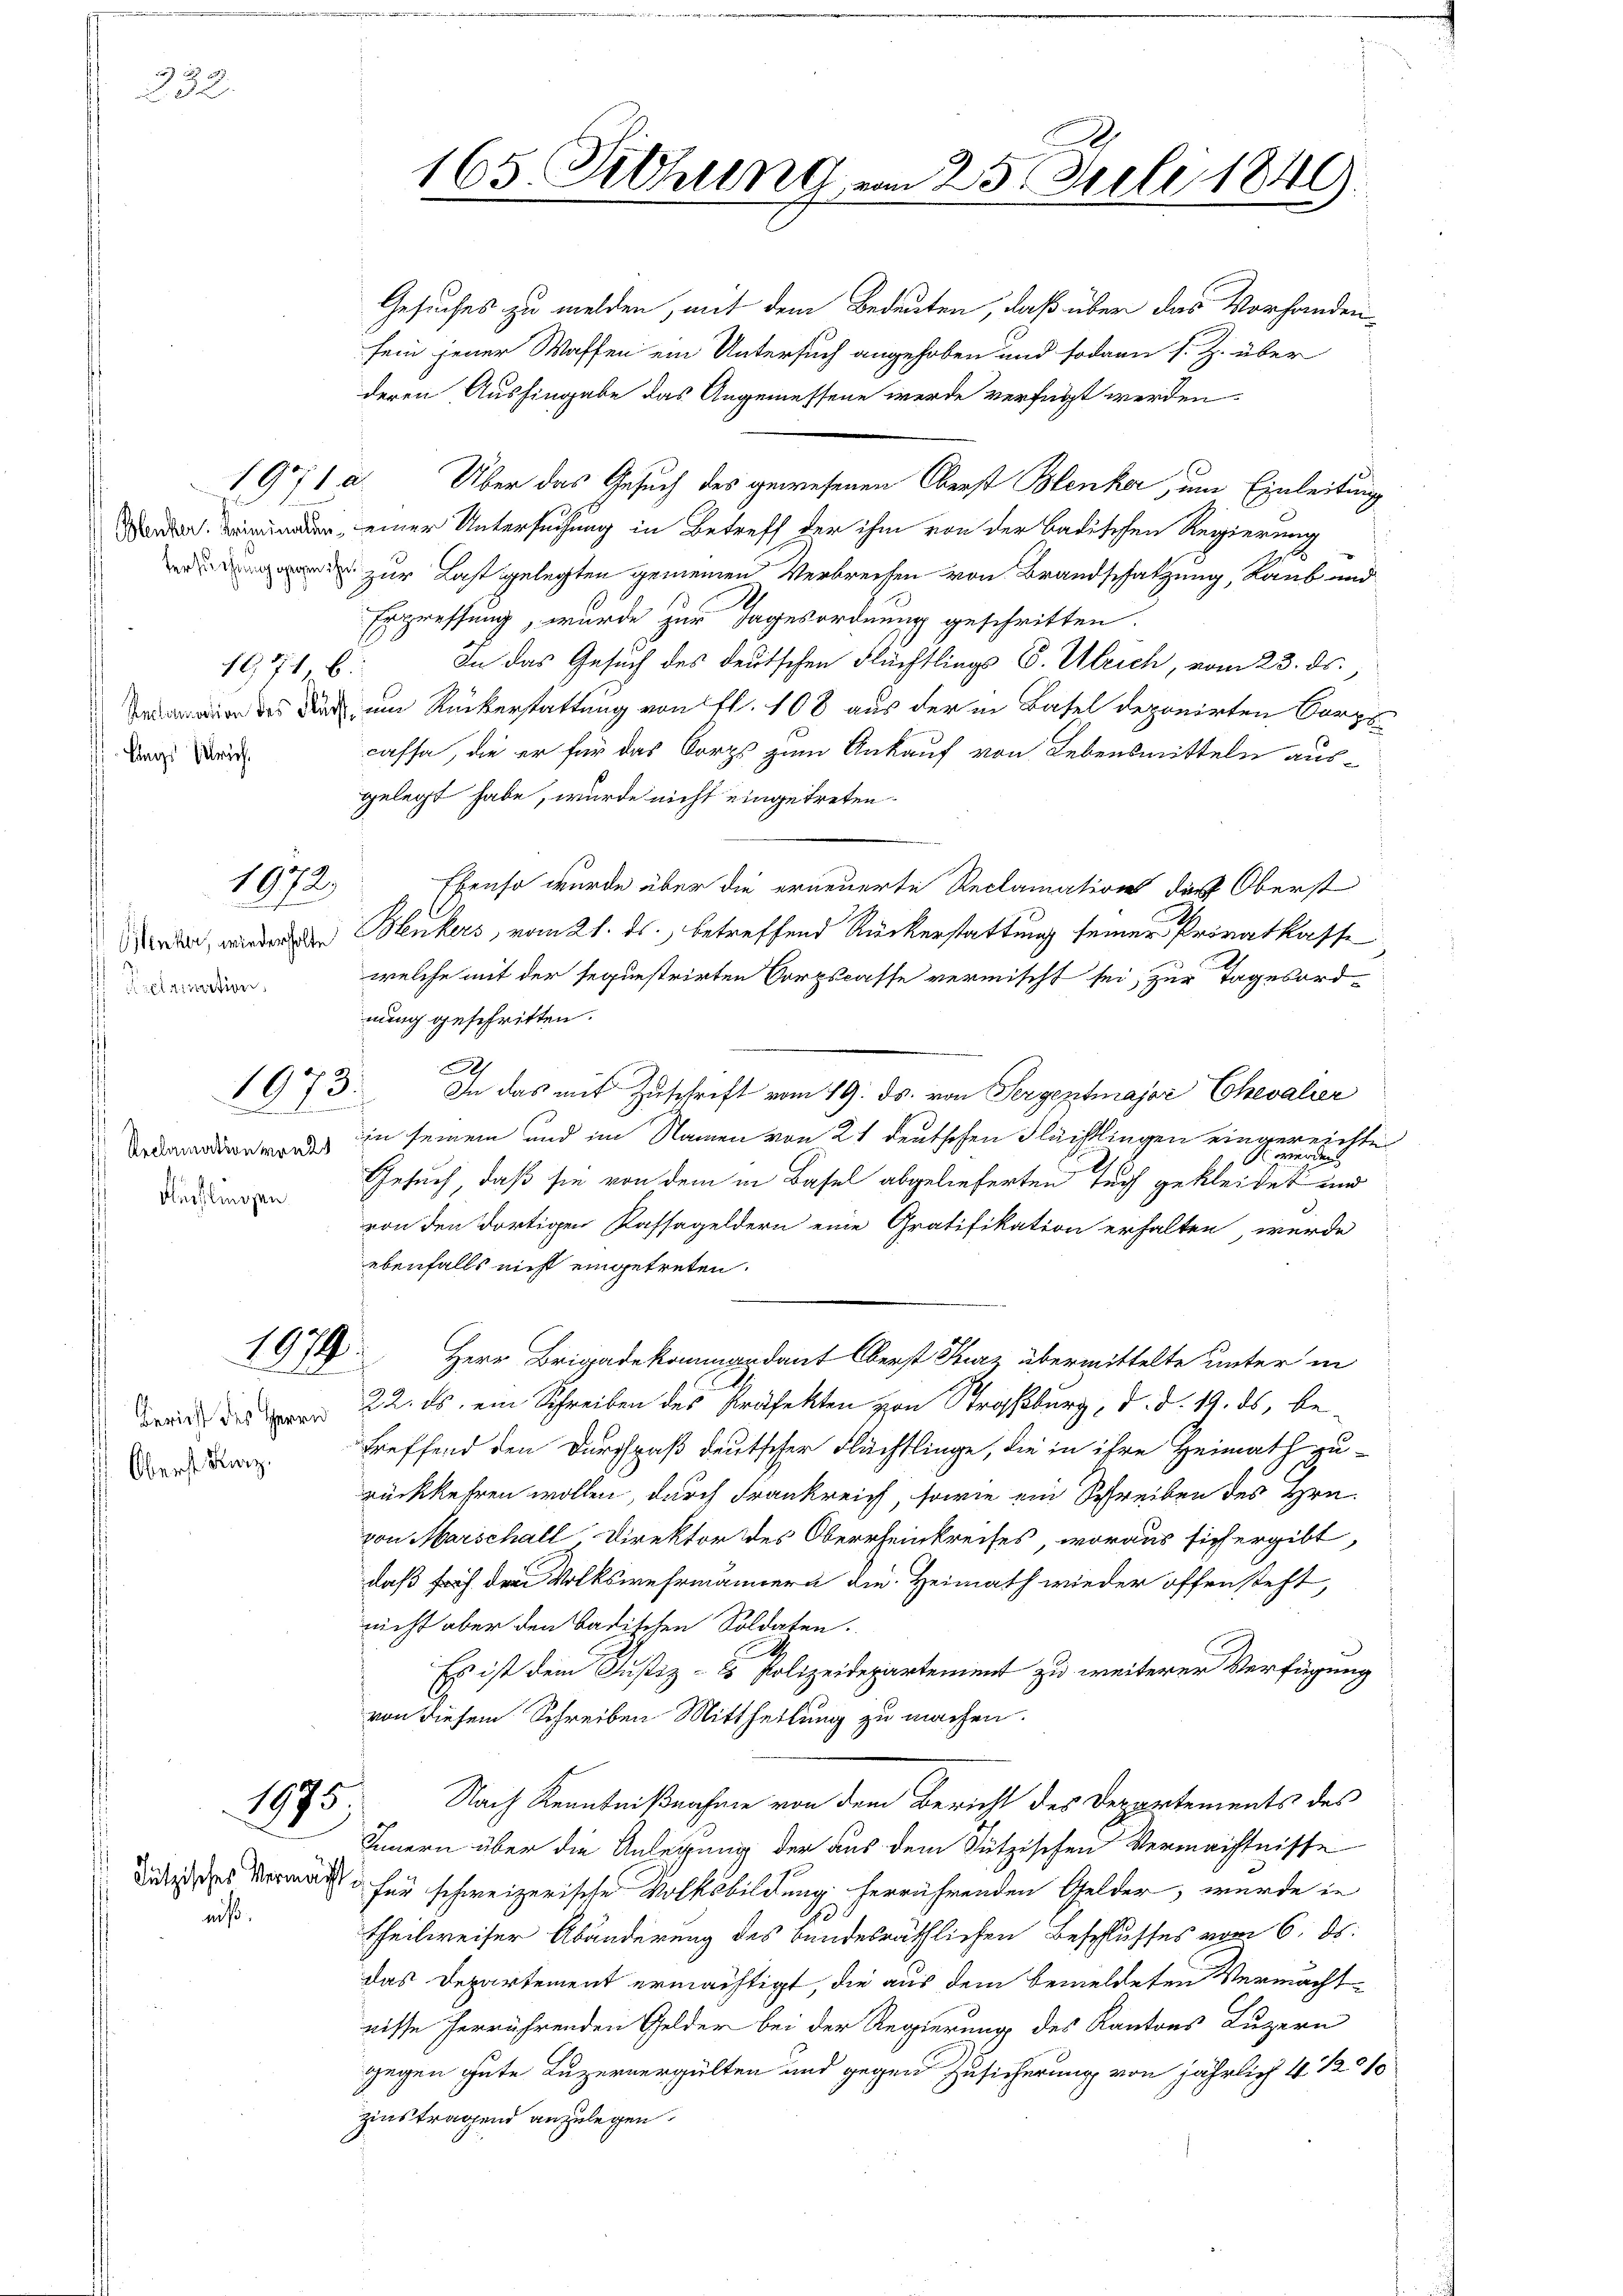
382.

1971, b.
lags rich

1872

Benker, wiederholte
elrinition

1973.
.
.

Reclamation von 2
Nechlingen

1979
21

Bericht des Herrn
Oberst Karz.

1975

niß.

Gesuches zu melden, mit dem Bedeuten, daß über das Vorhandensein jener Waffen ein Untersuch angehoben und sodann s. Z. über
deren Aushingabe das Angemessene werde verfügt werden.
1971 a. Über das Gesuch des gewesenen Oberst Blenke, um Einleitung
der, einer Untersuchung in Betreff der ihm von der badischen Regierung
d zur Last gelegten gemeinen Verbrechen von Brandschatzung, Raub und
Erpreffung, wurde zur Tagesordnung geschritten.
In das Gesuch des deutschen Flüchtlings P. Ulrich, vom 23. ds.,
 des der um Rückerstattung von fl. 108 aus der in Basel deponirten Corps
cassa, die er für das Corps zum Ankauf von Lebensmitteln ausgelegt habe, wurde nicht eingetreten.
Ebenso wurde über die erneuerte Reclamations die Oberst
Henkers, vom 21. ds., betreffend Rückerstattung seiner Privatkasse
welche mit der seguestrirten Corpscasse vermischt sei, zur Tagesord-
nung geschritten.
.
In das mit Zuschrift vom 19. ds. von Sergentmajor Chevalier
in seinem und im Namen von 21 deutschen Fleistlingen eingereichte
Beenden
Gesuch, daß sie von dem in Basel abgelieferten Tuch gekleidet und
von den dortigen Kassageldern eine Gratifikation erhalten, werde
ebenfalls nicht eingetreten.
Herr Brigadekommandant Oberst Kurz übermittelte unter in
g
22. ds. ein Schreiben des Präfekten von Straßburg, d. d. 19. ds, betreffend den Durchpaß deutscher Flüchtlinge, die in ihre Heimath zu-
rückkehren wollen, durch Frankreich, sowie ein Schreiben des Hrn.
von Marschall Direktor des Oberrheinkreises, woraus sich ergibt,
daß früh dem Volkswehrmännern die Heimath wieder offensteht,
nicht aber den Badischen Soldaten.
Es ist dem Justiz- & Polizeidepartement zu weiterer Verfügung
von diesem Schreiben Mittheilung zu machen.
Nach Kenntnißnahme von dem Bericht des Departements des
Innern über die Anlegung der aus dem Sutzischen Vermächtnisse
dende des Vermacht für schweizerische Volksbildung herrührenden Gelder, wurde in
1
Theilweiser Abänderung des Bundesräthlichen Beschlusses vom 6. ds.
das Departement ermächtigt, die aus dem bemeldeten Vermacht
nisse herrührenden Gelder bei der Regierung des Kantons Luzern
gegen gute Luzernergulten und gegen Zusicherung von jährlich 4. 12 0/0
zinstragend anzulegen.

165. Diehung vom 25. Juli 1849.